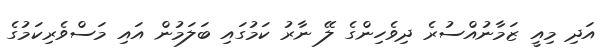
އަދި މިއީ ޒަމާނުއްސުރެ ދިވެހިންގެ ލޭ ނާރު ކަމުގައި ބަލަމުން އައި މަސްވެރިކަމުގެ